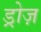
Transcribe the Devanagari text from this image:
ड्रोज़